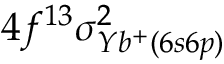
4 f ^ { 1 3 } \sigma _ { Y b ^ { + } ( 6 s 6 p ) } ^ { 2 }